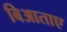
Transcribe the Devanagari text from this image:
बिआताए